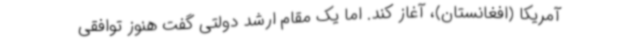
آمریکا (افغانستان)، آغاز کند. اما یک مقام ارشد دولتی گفت هنوز توافقی